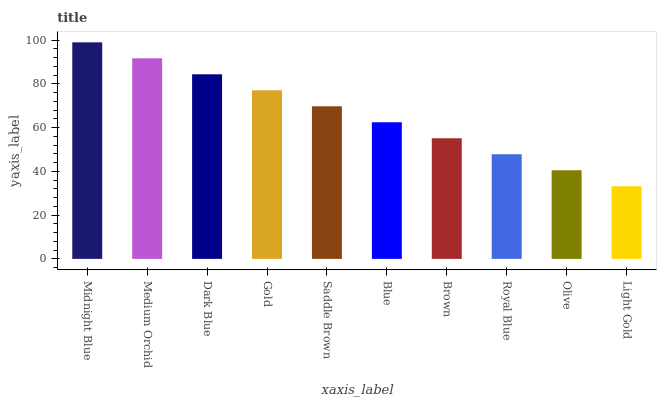
| xaxis_label | bars |
 | --- | --- |
 | Midnight Blue | 99 |
 | Medium Orchid | 91.7 |
 | Dark Blue | 84.4 |
 | Gold | 77.1 |
 | Saddle Brown | 69.8 |
 | Blue | 62.5 |
 | Brown | 55.1 |
 | Royal Blue | 47.8 |
 | Olive | 40.5 |
 | Light Gold | 33.2 |